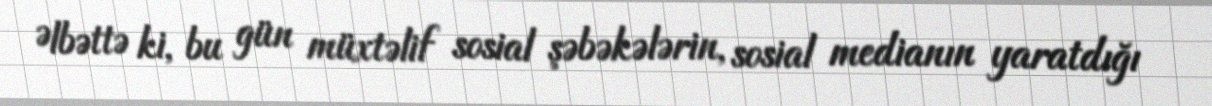
Əlbəttə ki, bu gün müxtəlif sosial şəbəkələrin, sosial medianın yaratdığı